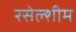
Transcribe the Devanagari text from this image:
रसेल्शीम